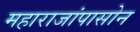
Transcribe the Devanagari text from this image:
महाराजांपासोन